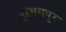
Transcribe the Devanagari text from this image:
हाशमपुर